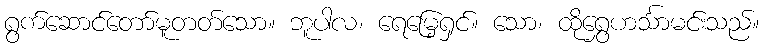
ရွက်ဆောင်တော်မူတတ်သော။ ဘူပါလ၊ ရေမြေ့ရှင်။ သော၊ ထိုရွှေဟင်္သာမင်းသည်။